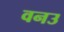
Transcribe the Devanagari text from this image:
वनउ